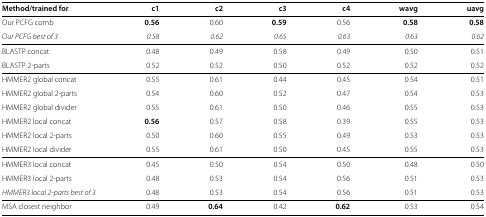
| Method/trained for | c1 | c2 | c3 | c4 | wavg | uavg |
 | --- | --- | --- | --- | --- | --- | --- |
 | Our PCFG comb | 0.56 | 0.60 | 0.59 | 0.56 | 0.58 | 0.58 |
 | Our PCFG best of 3 | 0.58 | 0.62 | 0.65 | 0.63 | 0.63 | 0.62 |
 | BLASTP concat | 0.48 | 0.49 | 0.58 | 0.49 | 0.50 | 0.51 |
 | BLASTP 2‐parts | 0.52 | 0.52 | 0.50 | 0.52 | 0.52 | 0.52 |
 | HMMER2 global concat | 0.55 | 0.61 | 0.44 | 0.45 | 0.54 | 0.51 |
 | HMMER2 global 2‐parts | 0.54 | 0.60 | 0.52 | 0.47 | 0.54 | 0.53 |
 | HMMER2 global divider | 0.55 | 0.61 | 0.50 | 0.46 | 0.55 | 0.53 |
 | HMMER2 local concat | 0.56 | 0.57 | 0.58 | 0.39 | 0.55 | 0.53 |
 | HMMER2 local 2‐parts | 0.50 | 0.60 | 0.55 | 0.49 | 0.53 | 0.53 |
 | HMMER2 local divider | 0.55 | 0.61 | 0.50 | 0.45 | 0.55 | 0.53 |
 | HMMER3 local concat | 0.45 | 0.50 | 0.54 | 0.50 | 0.48 | 0.50 |
 | HMMER3 local 2‐parts | 0.48 | 0.53 | 0.54 | 0.56 | 0.51 | 0.53 |
 | HMMER3 local 2‐parts best of 3 | 0.48 | 0.53 | 0.54 | 0.56 | 0.51 | 0.53 |
 | MSA closest neighbor | 0.49 | 0.64 | 0.42 | 0.62 | 0.53 | 0.54 |